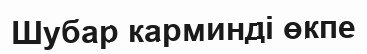
Шубар карминді өкпе